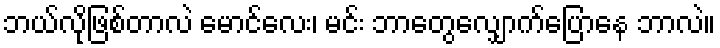
ဘယ်လိုဖြစ်တာလဲ မောင်လေး၊ မင်း ဘာတွေလျှောက်ပြောနေ ဘာလဲ။